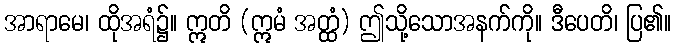
အာရာမေ၊ ထိုအရံ၌။ ဣတိ (ဣမံ အတ္ထံ) ဤသို့သောအနက်ကို။ ဒီပေတိ၊ ပြ၏။